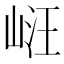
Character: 𭖧